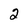
Character: 2